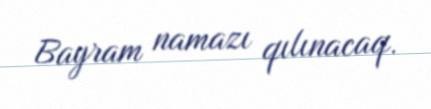
Bayram namazı qılınacaq.